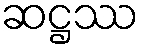
ဆဋ္ဌဿ